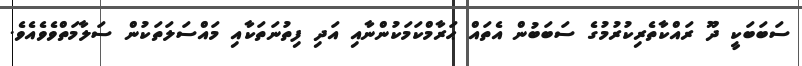
ސަބަބަކީ ދޫ ރައްކާތެރިކުރުމުގެ ސަބަބުން އެތައް ޙަރާމްކަމަކުންނާއި އަދި ފިތުނަތަކާއި މައްސަލަތަކުން ސަލާމަތްވެވެއެވެ.